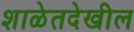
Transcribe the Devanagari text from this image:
शाळेतदेखील